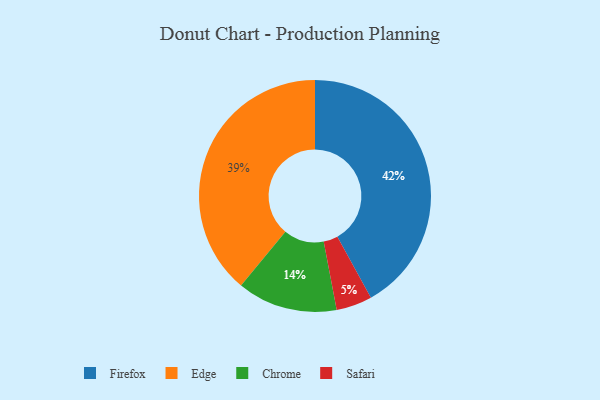
{"axis": {"x": "Category", "y": "Percentage"}, "legend": ["Chrome", "Edge", "Firefox", "Safari"], "data": [{"x": "Safari", "y": 5, "type": "Safari"}, {"x": "Chrome", "y": 14, "type": "Chrome"}, {"x": "Edge", "y": 39, "type": "Edge"}, {"x": "Firefox", "y": 42, "type": "Firefox"}]}